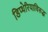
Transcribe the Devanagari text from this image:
डिप्थेरियाविरुद्ध